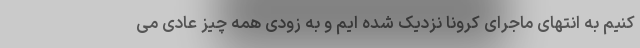
کنیم به انتهای ماجرای کرونا نزدیک شده ایم و به زودی همه چیز عادی می